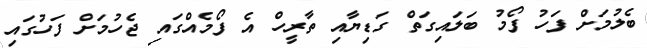
ބެލުމަށް ފަހު ފޯމު ބަލައިގަތް ގަޑިޔާއި ތާރީހް އެ ފޯމެއްގައި ޖެހުމަށް ފަހުގައި